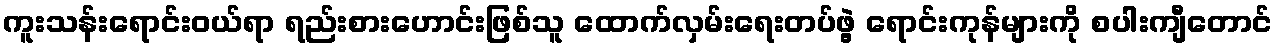
ကူးသန်းရောင်းဝယ်ရာ ရည်းစားဟောင်းဖြစ်သူ ထောက်လှမ်းရေးတပ်ဖွဲ့ ရောင်းကုန်များကို စပါးကျီတောင်